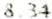
8.34